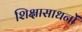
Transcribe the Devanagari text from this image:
शिक्षासाधनों